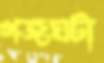
গজঘটা